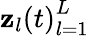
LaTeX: {\mathbf{z}_{l}(t)}_{l=1}^{L}